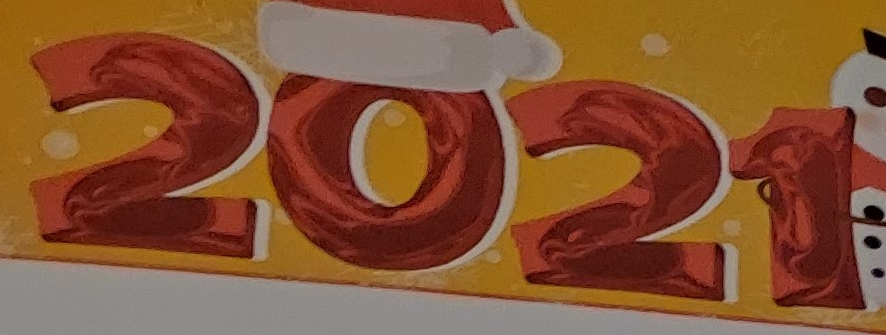
2021